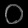
Digit: ၀